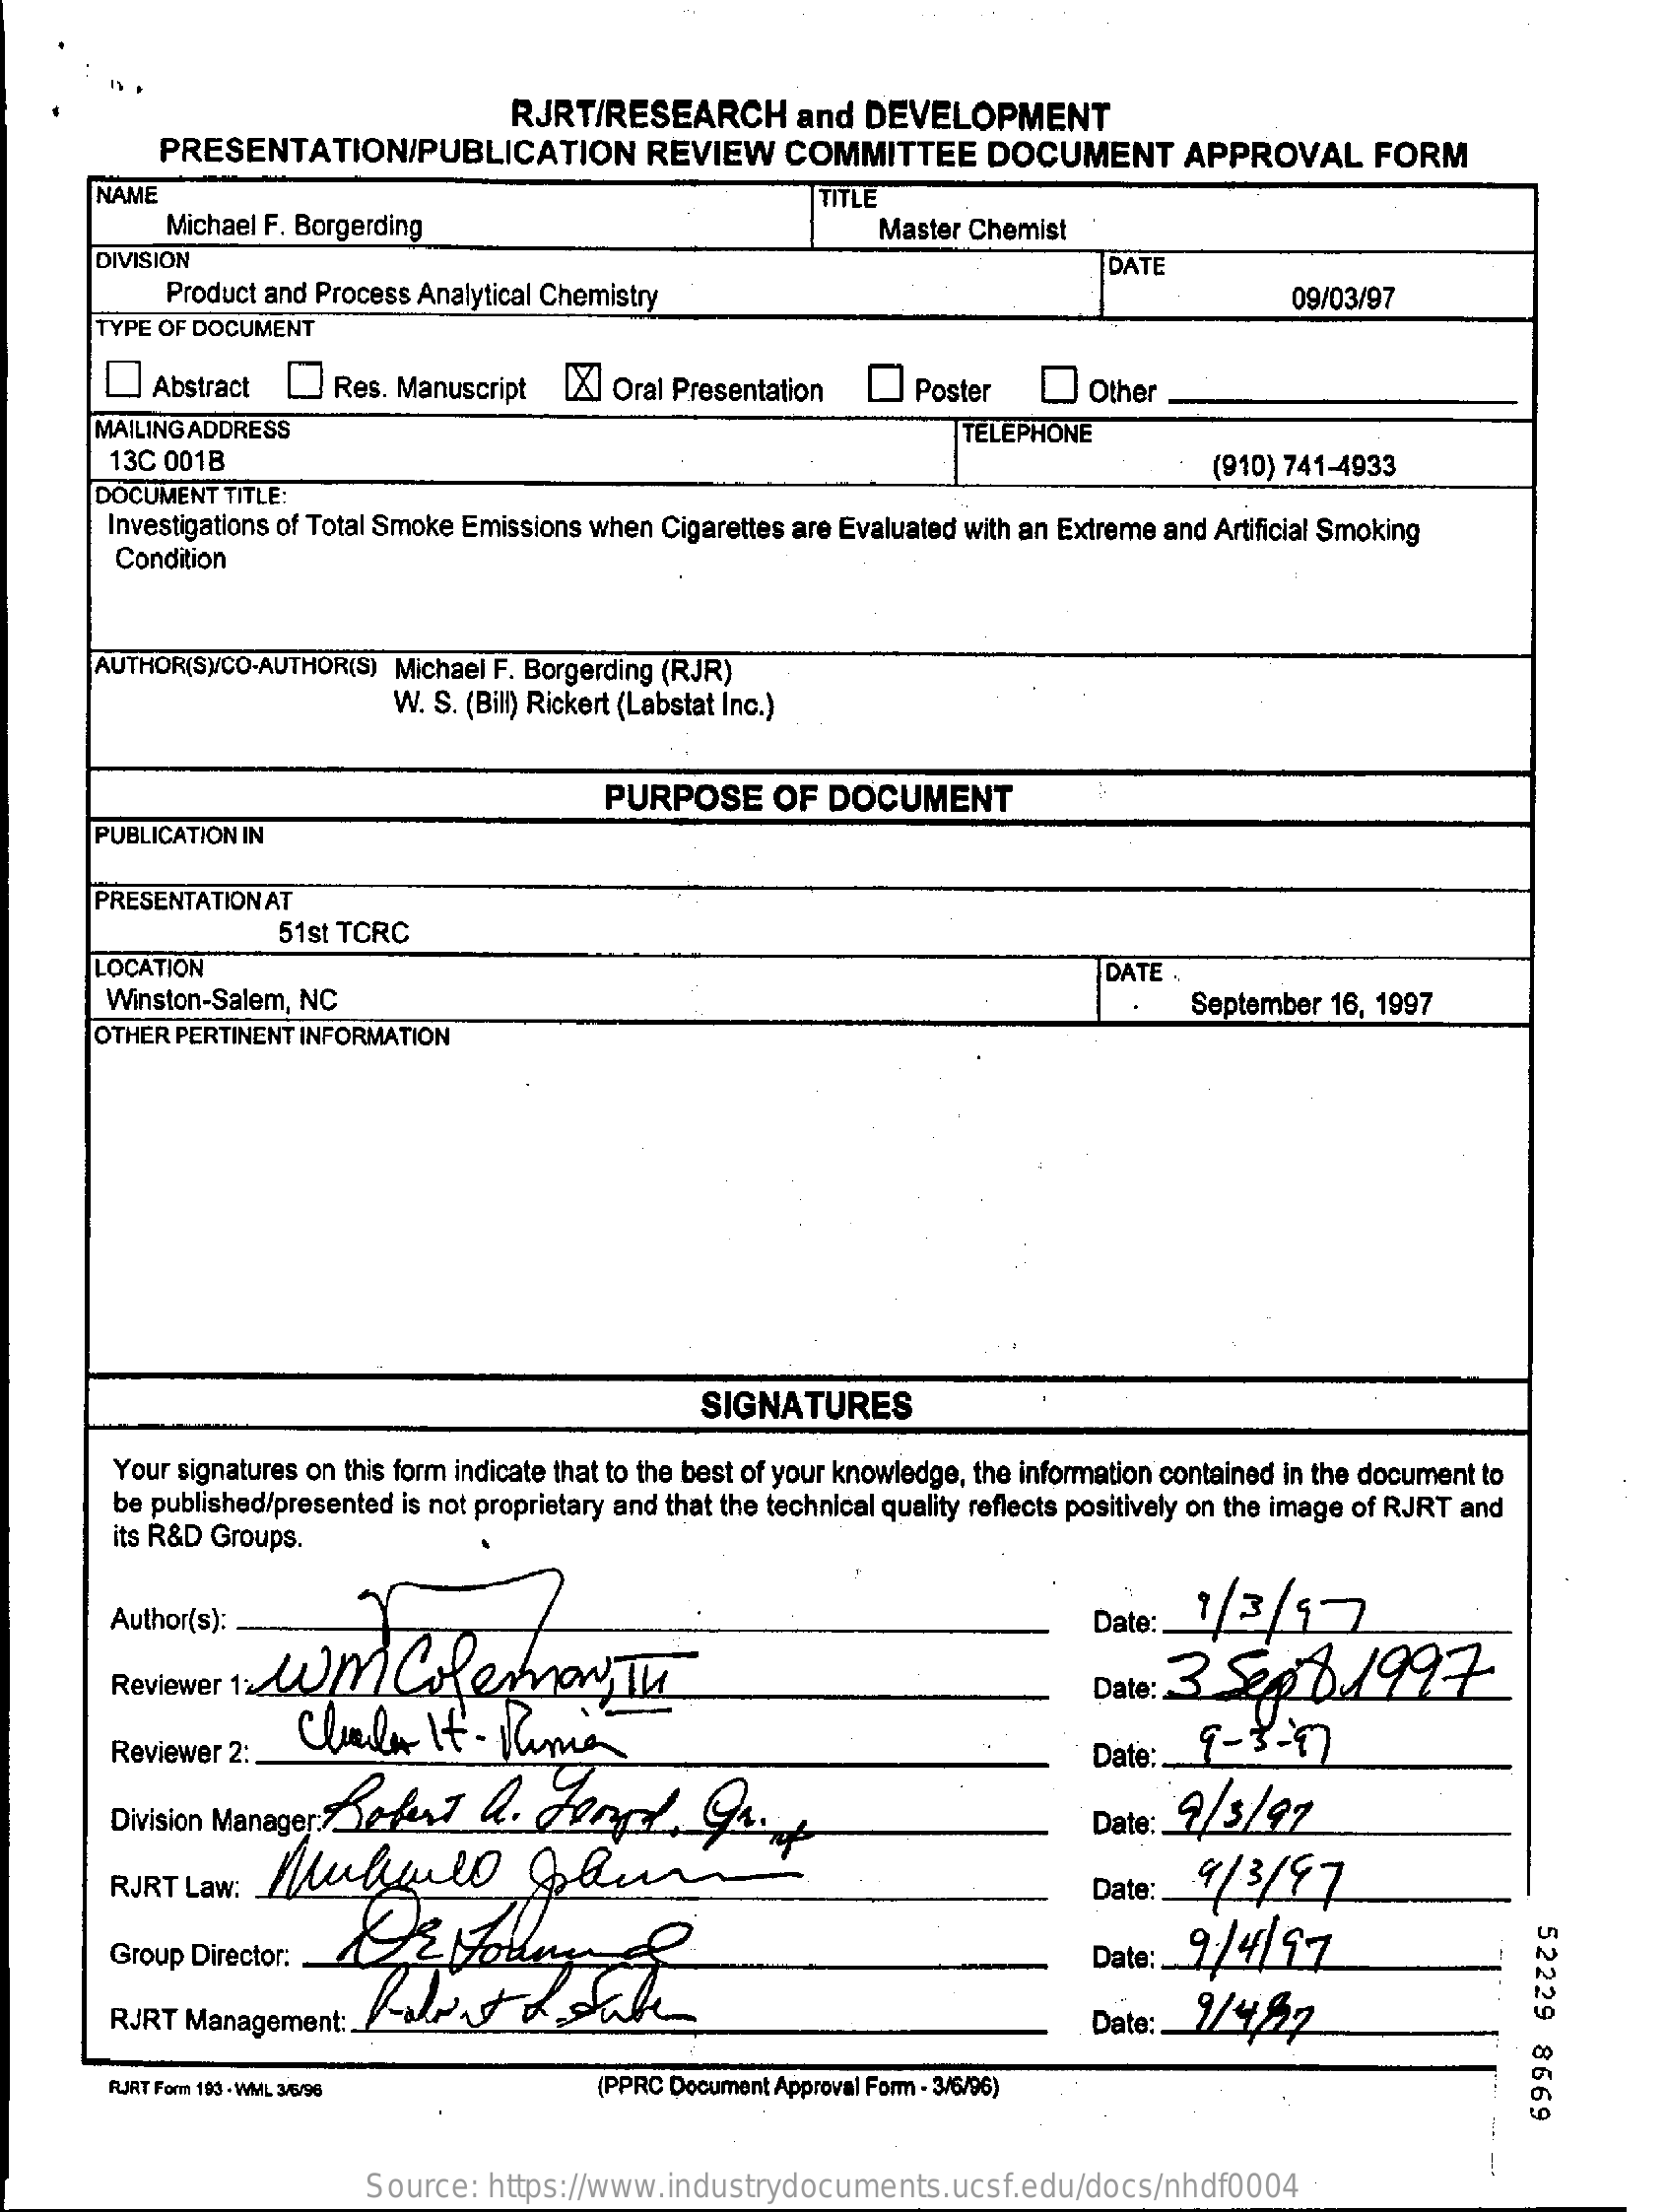
RJRT/RESEARCH    and  DEVELOPMENT
     PRESENTATION/PUBLICATION    REVIEW    COMMITTEE    DOCUMENT    APPROVAL    FORM
     NAME
     Michael F. Borgerding
     TITLE
     Master Chemist
     DIVISION    DATE
     Product and Process Analytical Chemistry    09/03/97
     TYPE OF DOCUMENT
     Abstract    Res. Manuscript [X] Oral Presentation    Poster    Other
     MAILING ADDRESS    TELEPHONE
     13C 001B    (910) 741-4933
     DOCUMENT TITLE:
     Investigations of Total Smoke Emissions when Cigarettes are Evaluated with an Extreme and Artificial Smoking
     Condition
     AUTHOR(S)/CO-AUTHOR(S) Michael F. Borgerding (RJR)
     W. S. (Bill) Rickert (Labstat Inc.)
     PURPOSE    OF  DOCUMENT
     PUBLICATION IN
     PRESENTATION AT
     51st TCRC
     LOCATION    DATE .
     Winston-Salem, NC    September 16, 1997
     OTHER PERTINENT INFORMATION
     SIGNATURES
     Your signatures on this form indicate that to the best of your knowledge, the information contained in the document to
     be published/presented is not proprietary and that the technical quality reflects positively on the image of RJRT and
     its R&D Groups.
     Author(s):    Date :. 1/3/17
     Reviewer 1  WUM    ColedvoryTe
     Claude    It - Minias
     Date: 23.5248.1997
     Reviewer 2:
     Robert    h.  Loopt.    Go.   +
     Date :_ 9- 3-97
     Division Manager:    Date: _ 9/3/97
     Mubull    Plus RJRT Law:    Date:   9/3/  97
     52229
     8669
     Group Director:    Date:  9/4/97
     RJRT Management:    Date:
     RJRT Form 193 - WML 3/6/96    (PPRC Document Approval Form - 3/6/96)
     Source:  https://www.industrydocuments.ucsf.edu/docs/nhdf0004